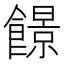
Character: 䭘